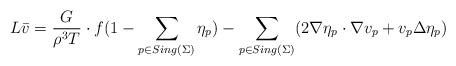
LaTeX: \begin{align*} L\bar{v} = \frac{G}{\rho^3T}\cdot f(1-\sum_{p\in Sing(\Sigma)}\eta_p) - \sum_{p\in Sing(\Sigma)}(2\nabla \eta_p\cdot \nabla v_p + v_p\Delta \eta_p ) \end{align*}